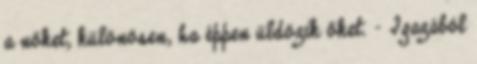
a nőket, különösen, ha éppen üldözik őket. - Igazából